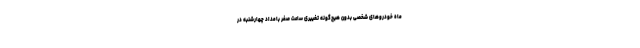
ماه خودروهای شخصی بدون هیچ‌گونه تغییری ساعت صفر بامداد چهارشنبه در